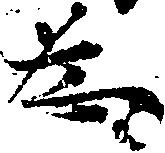
為